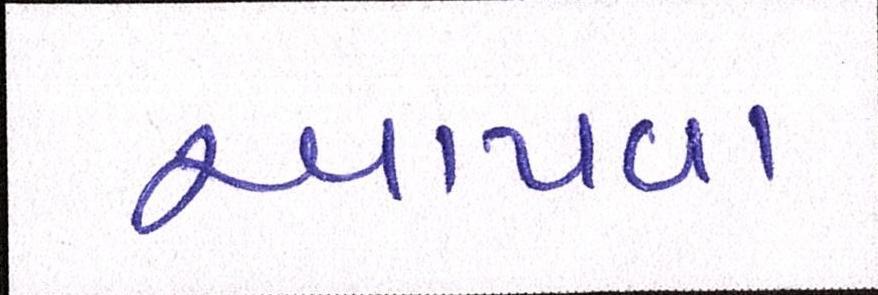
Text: આપવા